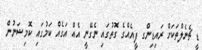
ޑީ ޗެނެލްތަކަށް ރައިޑިންގ ފީއެއްގެ ގޮތުގައި ނެގޭނީ އެއް އަގެއް ކަމުގައި ކޮމިޝަނުން